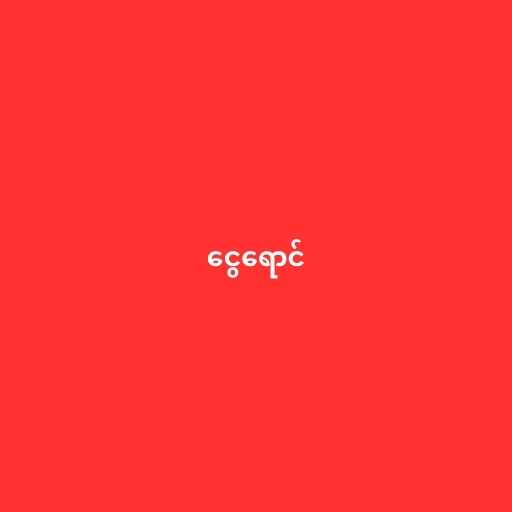
ငွေရောင်